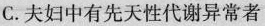
C.夫妇中有先天性代谢异常者